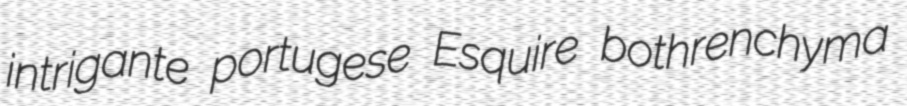
intrigante portugese Esquire bothrenchyma